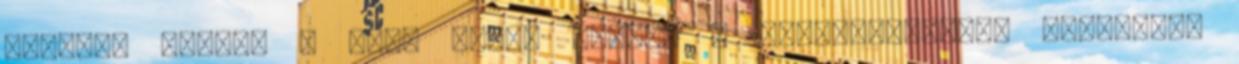
jelzésű pályán a "lac bleu" tudunk a városközpontig lesíelni.